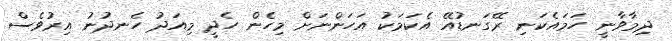
ދިމާވާނީ ހަމައެކަނި ރޭގަނޑުއޭ އެކަމަކު އަހަންނަށް މިހެން ހެދީ މިއަދު ހެނދުނު އިރުވެސް